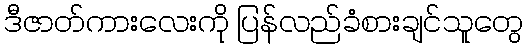
ဒီဇာတ်ကားလေးကို ပြန်လည်ခံစားချင်သူတွေ